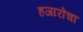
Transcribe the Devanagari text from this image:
हजारोंचा